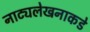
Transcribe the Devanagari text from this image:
नाट्यलेखनाकडे